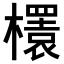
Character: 𣞲